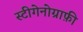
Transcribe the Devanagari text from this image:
स्टीगेनोग्राफ़ी